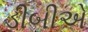
ડીબીએ